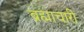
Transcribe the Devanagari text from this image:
ब्रह्माचारी